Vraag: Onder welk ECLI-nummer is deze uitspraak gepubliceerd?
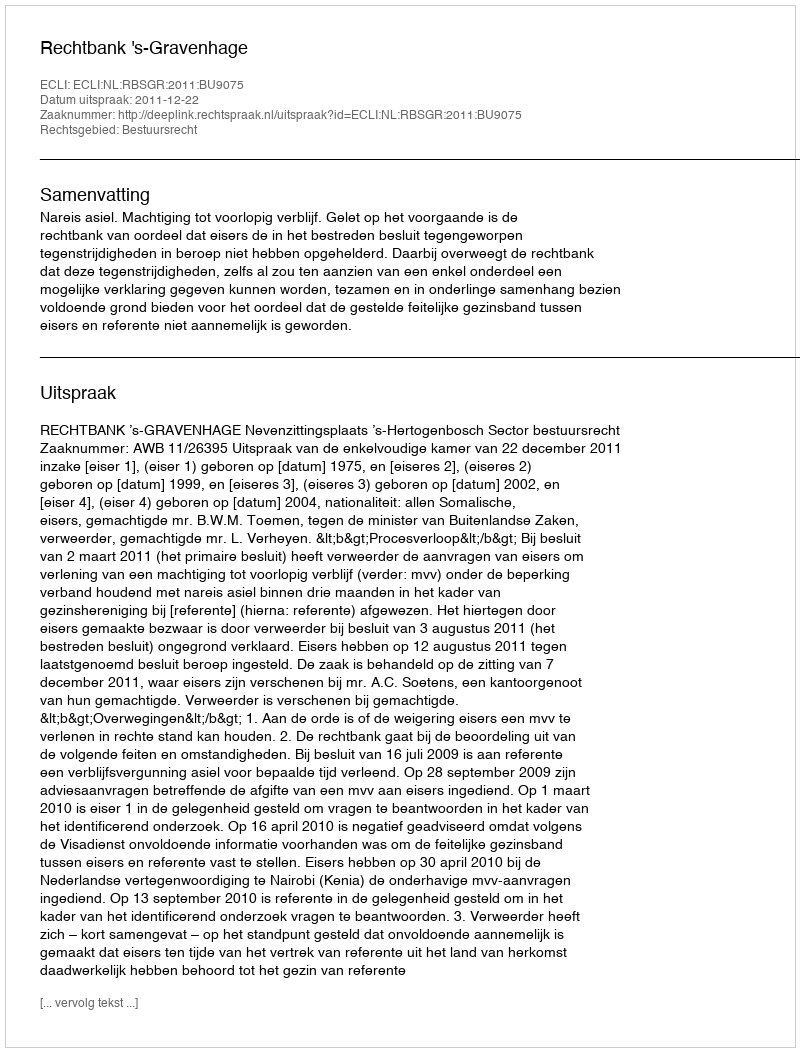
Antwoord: ECLI:NL:RBSGR:2011:BU9075